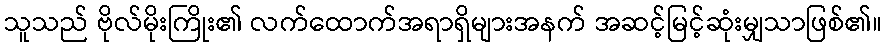
သူသည် ဗိုလ်မိုးကြိုး၏ လက်ထောက်အရာရှိများအနက် အဆင့်မြင့်ဆုံးမျှသာဖြစ်၏။